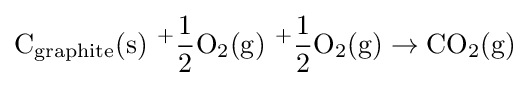
{\ce {C_{graphite}(s)\ +{\frac {1}{2}}O2(g)\ +{\frac {1}{2}}O2(g)\to CO2(g)}}